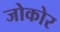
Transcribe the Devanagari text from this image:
जोकोर